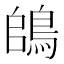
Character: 鴭